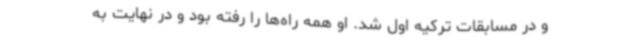
و در مسابقات ترکیه اول شد. او همه راه‌ها را رفته بود و در نهایت به